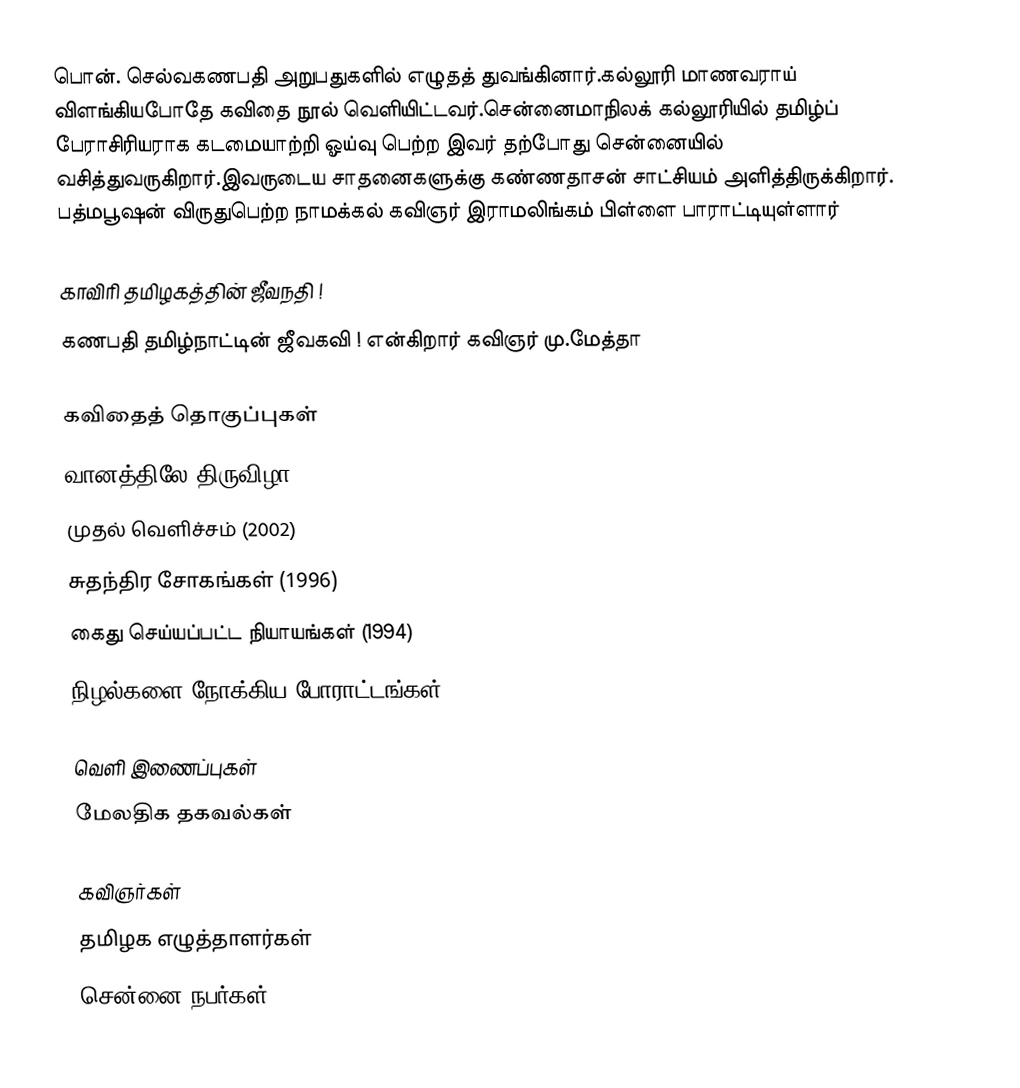
பொன். செல்வகணபதி அறுபதுகளில் எழுதத் துவங்கினார்.கல்லூரி மாணவராய் விளங்கியபோதே கவிதை நூல் வெளியிட்டவர்.சென்னைமாநிலக் கல்லூரியில் தமிழ்ப் பேராசிரியராக கடமையாற்றி ஓய்வு பெற்ற இவர்  தற்போது சென்னையில் வசித்துவருகிறார்.இவருடைய சாதனைகளுக்கு கண்ணதாசன் சாட்சியம் அளித்திருக்கிறார். பத்மபூஷன் விருதுபெற்ற நாமக்கல் கவிஞர் இராமலிங்கம் பிள்ளை பாராட்டியுள்ளார்

காவிரி தமிழகத்தின் ஜீவநதி !
கணபதி தமிழ்நாட்டின் ஜீவகவி ! என்கிறார் கவிஞர் மு.மேத்தா

கவிதைத் தொகுப்புகள்
 வானத்திலே திருவிழா (2006.08.15)
 முதல் வெளிச்சம் (2002)
 சுதந்திர சோகங்கள்  (1996)
 கைது செய்யப்பட்ட நியாயங்கள்  (1994)
 நிழல்களை நோக்கிய போராட்டங்கள் (1978)

வெளி இணைப்புகள்
மேலதிக தகவல்கள்

கவிஞர்கள்
தமிழக எழுத்தாளர்கள்
சென்னை நபர்கள்